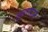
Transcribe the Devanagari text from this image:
सुवर्णपान